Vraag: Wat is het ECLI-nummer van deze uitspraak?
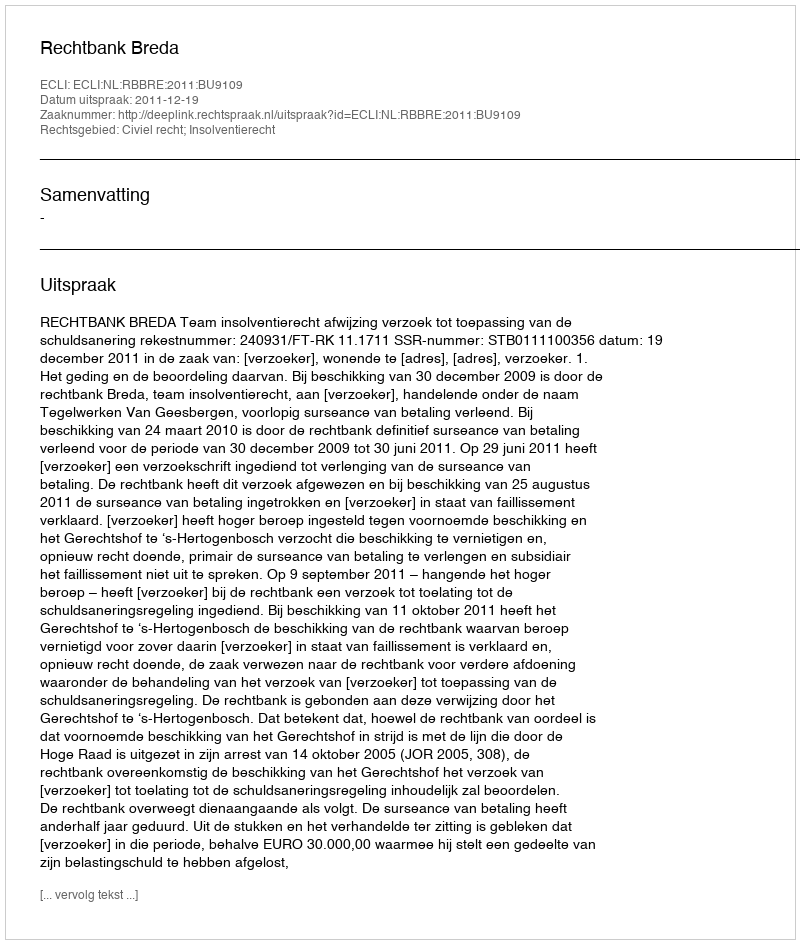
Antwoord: ECLI:NL:RBBRE:2011:BU9109